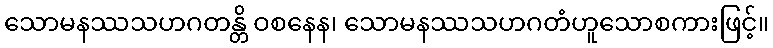
သောမနဿသဟဂတန္တိ ဝစနေန၊ သောမနဿသဟဂတံဟူသောစကားဖြင့်။